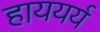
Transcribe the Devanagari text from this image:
हाययर्य